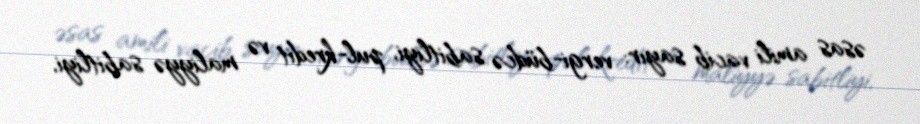
əsas amili vacib sayır: vergi-büdcə sabitliyi, pul-kredit və maliyyə sabitliyi,